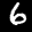
Label: 6